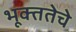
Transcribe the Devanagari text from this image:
भूक्ततेचे